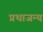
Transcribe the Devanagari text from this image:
प्रथाजन्य